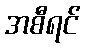
အစီရင်